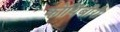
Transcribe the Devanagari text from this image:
कोथिंबीरी